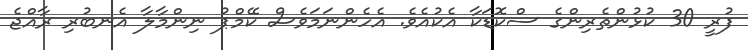
ފުރީ 30 ކުޅުންތެރިންގެ ސްކޮޑަކާ އެކުއެވެ. އެހެންނަމަވެސް ކޭމްޕު ނިންމާލާ އެނބުރި ރާއްޖެ